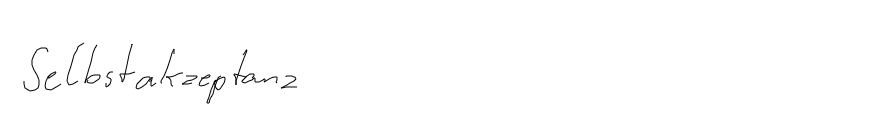
Selbstakzeptanz